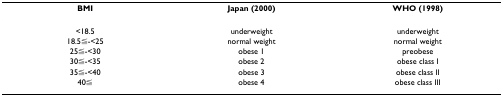
<table><thead><tr><td><b>BMI</b></td><td><b>Japan (2000)</b></td><td><b>WHO (1998)</b></td></tr></thead><tbody><tr><td>&lt;18.5</td><td>underweight</td><td>underweight</td></tr><tr><td>18.5≦-&lt;25</td><td>normal weight</td><td>normal weight</td></tr><tr><td>25≦-&lt;30</td><td>obese 1</td><td>preobese</td></tr><tr><td>30≦-&lt;35</td><td>obese 2</td><td>obese class I</td></tr><tr><td>35≦-&lt;40</td><td>obese 3</td><td>obese class II</td></tr><tr><td>40≦</td><td>obese 4</td><td>obese class III</td></tr></tbody></table>